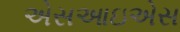
એસઆઇએસ